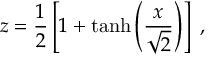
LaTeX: z = { \frac { 1 } { 2 } } \left[ 1 + \operatorname { t a n h } \left( { \frac { x } { \sqrt { 2 } } } \right) \right] \ ,